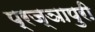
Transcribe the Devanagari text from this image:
प्रज्ञापुरी